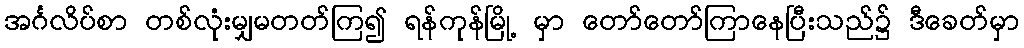
အင်္ဂလိပ်စာ တစ်လုံးမျှမတတ်ကြ၍ ရန်ကုန်မြို့ မှာ တော်တော်ကြာနေပြီးသည်၌ ဒီခေတ်မှာ